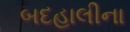
બદહાલીના